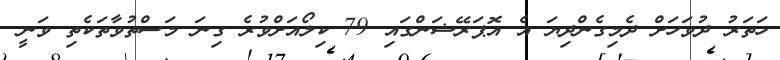
ހަތަރު ދުވަހަށް ދެމިގެންދިޔަ އެ އޮޕަރޭޝަންގައި 79 ކިލޯއަށްވުރެ ގިނަ މަސްތުވާތަކެތި ވަނީ